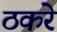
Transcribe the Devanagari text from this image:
ठकरे